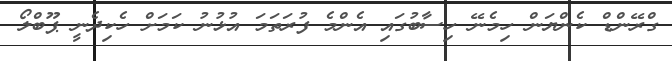
ގްރޭންޑް ކެންޔަން ހިމެނޭ ހިސާބުގައި އެންމެ ފުރަތަމަ އުޅުނު ކަމަށް ހެކިދެނީ ޕޫބްލޯ